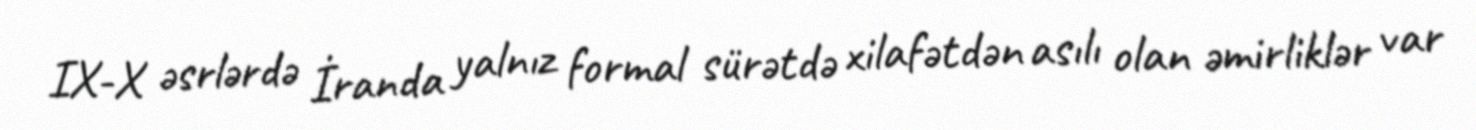
IX-X əsrlərdə İranda yalnız formal sürətdə xilafətdən asılı olan əmirliklər var